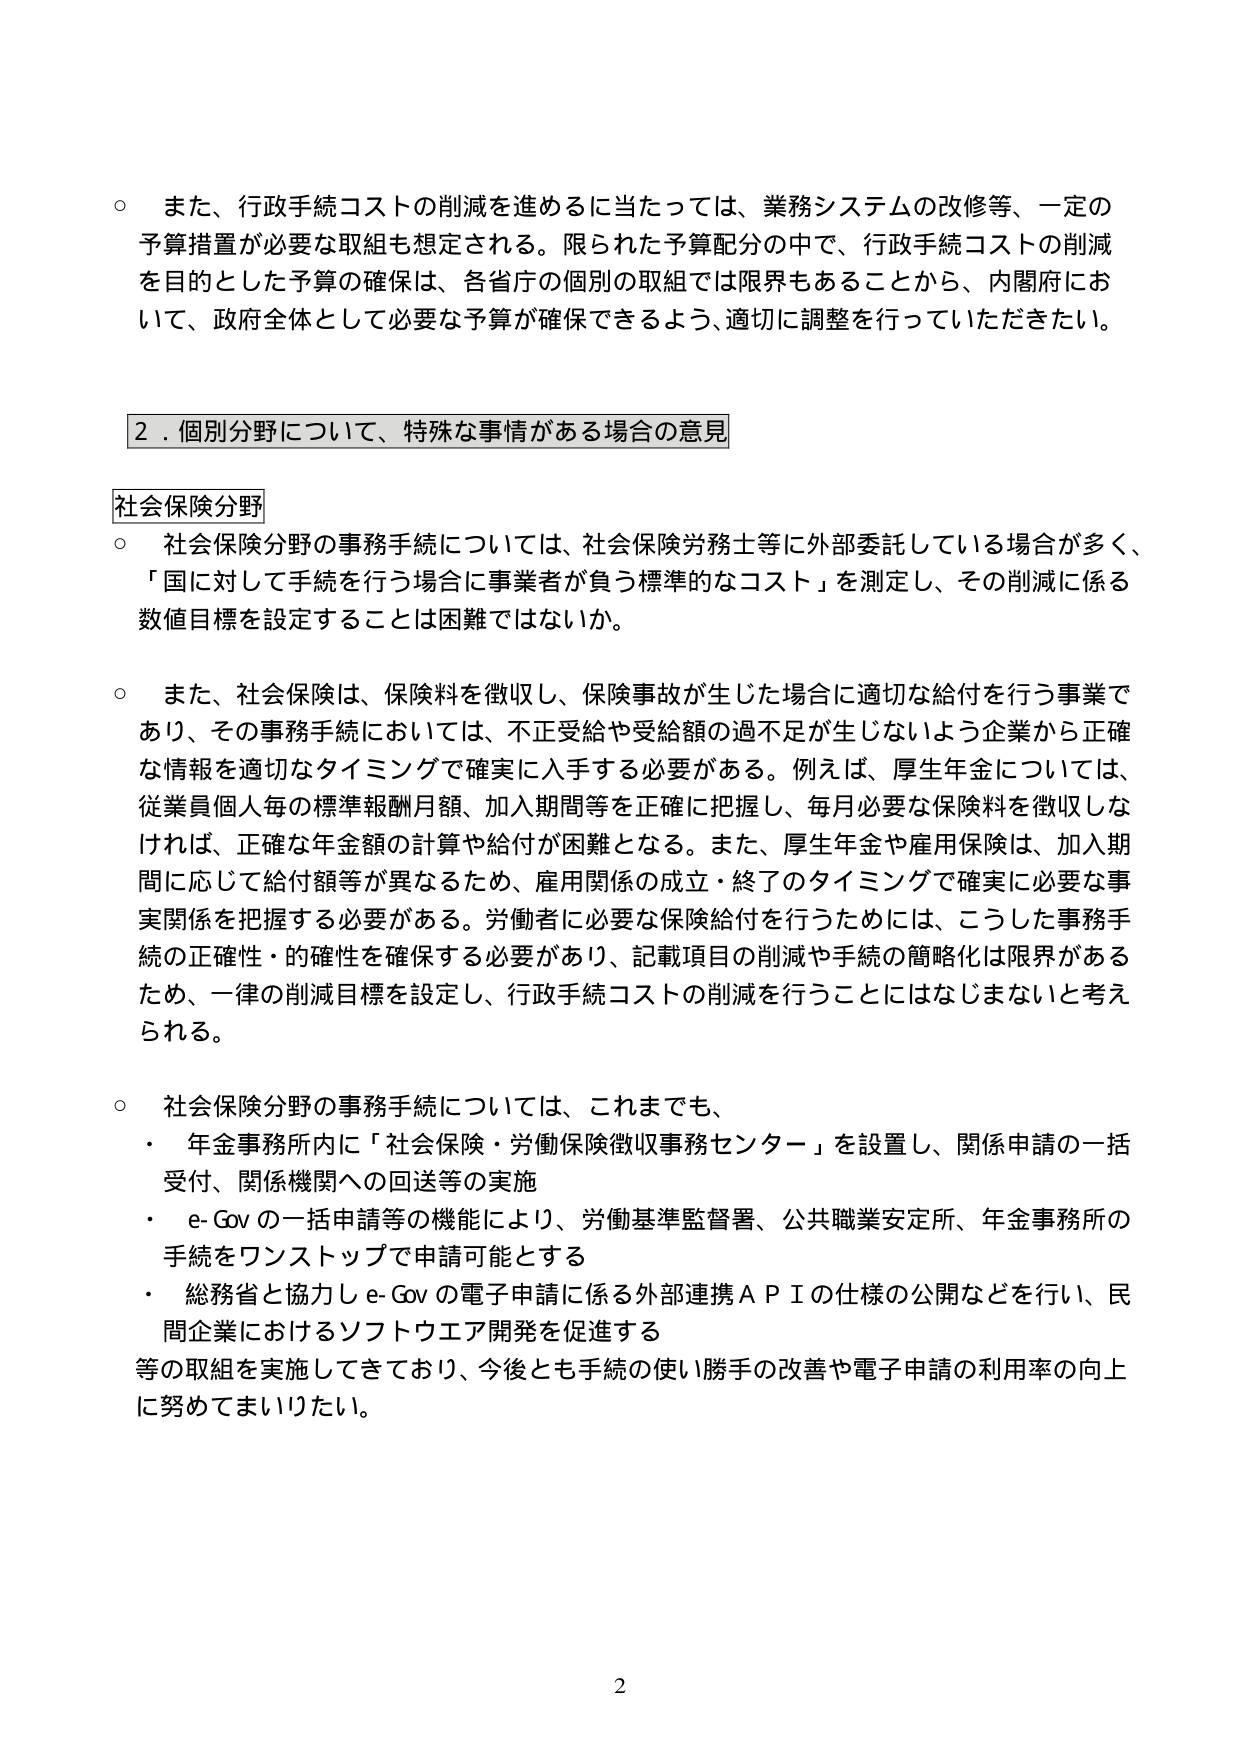
○ また、行政手続コストの削減を進めるに当たっては、業務システムの改修等、一定の予算措置が必要な取組も想定される。限られた予算配分の中で、行政手続コストの削減を目的とした予算の確保は、各省庁の個別の取組では限界もあることから、内閣府において、政府全体として必要な予算が確保できるよう、適切に調整を行っていただきたい。

2．個別分野について、特殊な事情がある場合の意見

社会保険分野

○ 社会保険分野の事務手続については、社会保険労務士等に外部委託している場合が多く、「国に対して手続を行う場合に事業者が負う標準的なコスト」を測定し、その削減に係る数値目標を設定することは困難ではないか。

○ また、社会保険は、保険料を徴収し、保険事故が生じた場合に適切な給付を行う事業であり、その事務手続においては、不正受給や受給額の過不足が生じないよう企業から正確な情報を適切なタイミングで確実に入手する必要がある。例えば、厚生年金については、従業員個人毎の標準報酬月額、加入期間等を正確に把握し、毎月必要な保険料を徴収しなければ、正確な年金額の計算や給付が困難となる。また、厚生年金や雇用保険は、加入期間に応じて給付額等が異なるため、雇用関係の成立・終了のタイミングで確実に必要な事実関係を把握する必要がある。労働者に必要な保険給付を行うためには、こうした事務手続の正確性・的確性を確保する必要があり、記載項目の削減や手続の簡略化は限界があるため、一律の削減目標を設定し、行政手続コストの削減を行うことにはなじまないと考えられる。

○ 社会保険分野の事務手続については、これまでも、
・ 年金事務所内に「社会保険・労働保険徴収事務センター」を設置し、関係申請の一括受付、関係機関への回送等の実施
・ e-Gov の一括申請等の機能により、労働基準監督署、公共職業安定所、年金事務所の手続をワンストップで申請可能とする
・ 総務省と協力し e-Gov の電子申請に係る外部連携ＡＰＩの仕様の公開などを行い、民間企業におけるソフトウエア開発を促進する
等の取組を実施してきており、今後とも手続の使い勝手の改善や電子申請の利用率の向上に努めてまいりたい。

2